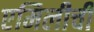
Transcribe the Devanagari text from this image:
एमिलीची